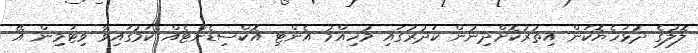
ލޮލުގެ ދުޅަހެޔޮކަން އިތުރުކޮށްދިނުން ކަދުރުގައި މުހިއްމު އެންޓި އޮކްސިޑެންޓެއް ކަމުގައިވާ ވިޓަމިން އޭ